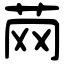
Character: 䒽